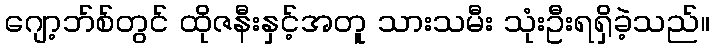
ဂျော့ဘ်စ်တွင် ထိုဇနီးနှင့်အတူ သားသမီး သုံးဦးရရှိခဲ့သည်။